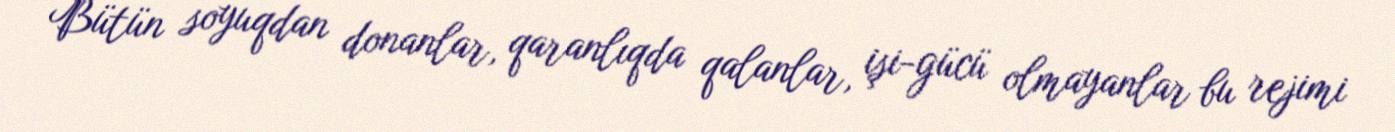
Bütün soyuqdan donanlar, qaranlıqda qalanlar, işi-gücü olmayanlar bu rejimi